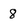
Character: 8